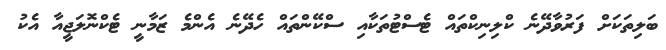
ބަލިތަކަށް ފަރުވާދޭނެ ކްލިނިކްތައް ޓެސްޓުތަކާއި ސްކޭންތައް ހެދޭނެ އެންމެ ޒަމާނީ ޓެކްނޮލަޖީއާ އެކު